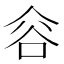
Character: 𰶐